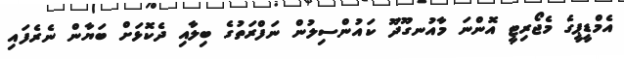
އެމްޑީޕީގެ މެޖޯރިޓީ އޮންނަ މާއުނގޫދޫ ކައުންސިލުން ނަފްރަތުގެ ބިލާއި ދެކޮޅަށް ބަޔާން ނެރެފައި